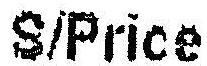
S/PRICE